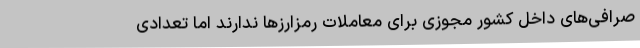
صرافی‌های داخل کشور مجوزی برای معاملات رمزارزها ندارند اما تعدادی